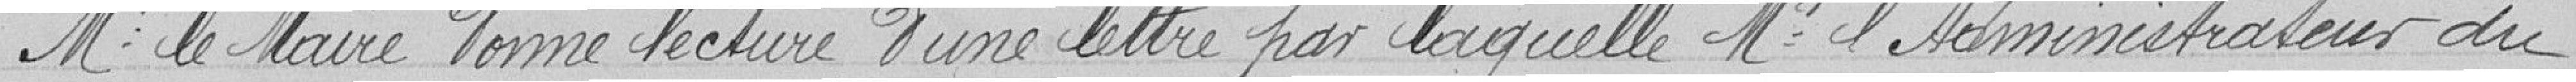
Mr le Maire donne lecture d'une lettre par laquelle Mr l'administrateur du